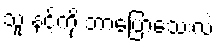
သူ နင့်ကို ဘာပြောသေးလဲ